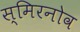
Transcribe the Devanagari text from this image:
स्मिरनोव